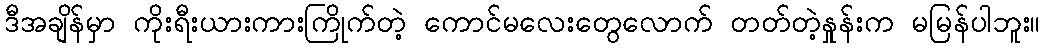
ဒီအချိန်မှာ ကိုးရီးယားကားကြိုက်တဲ့ ကောင်မလေးတွေလောက် တတ်တဲ့နှုန်းက မမြန်ပါဘူး။